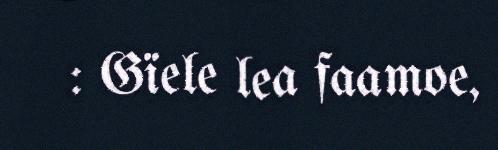
: Gïele lea faamoe,